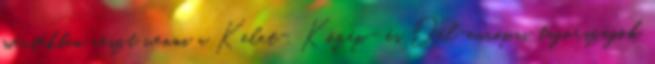
mértékben részt venni a Kelet-, Közép- és Dél-európai tagországok